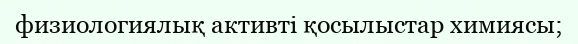
физиологиялық активті қосылыстар химиясы;